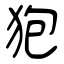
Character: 狍